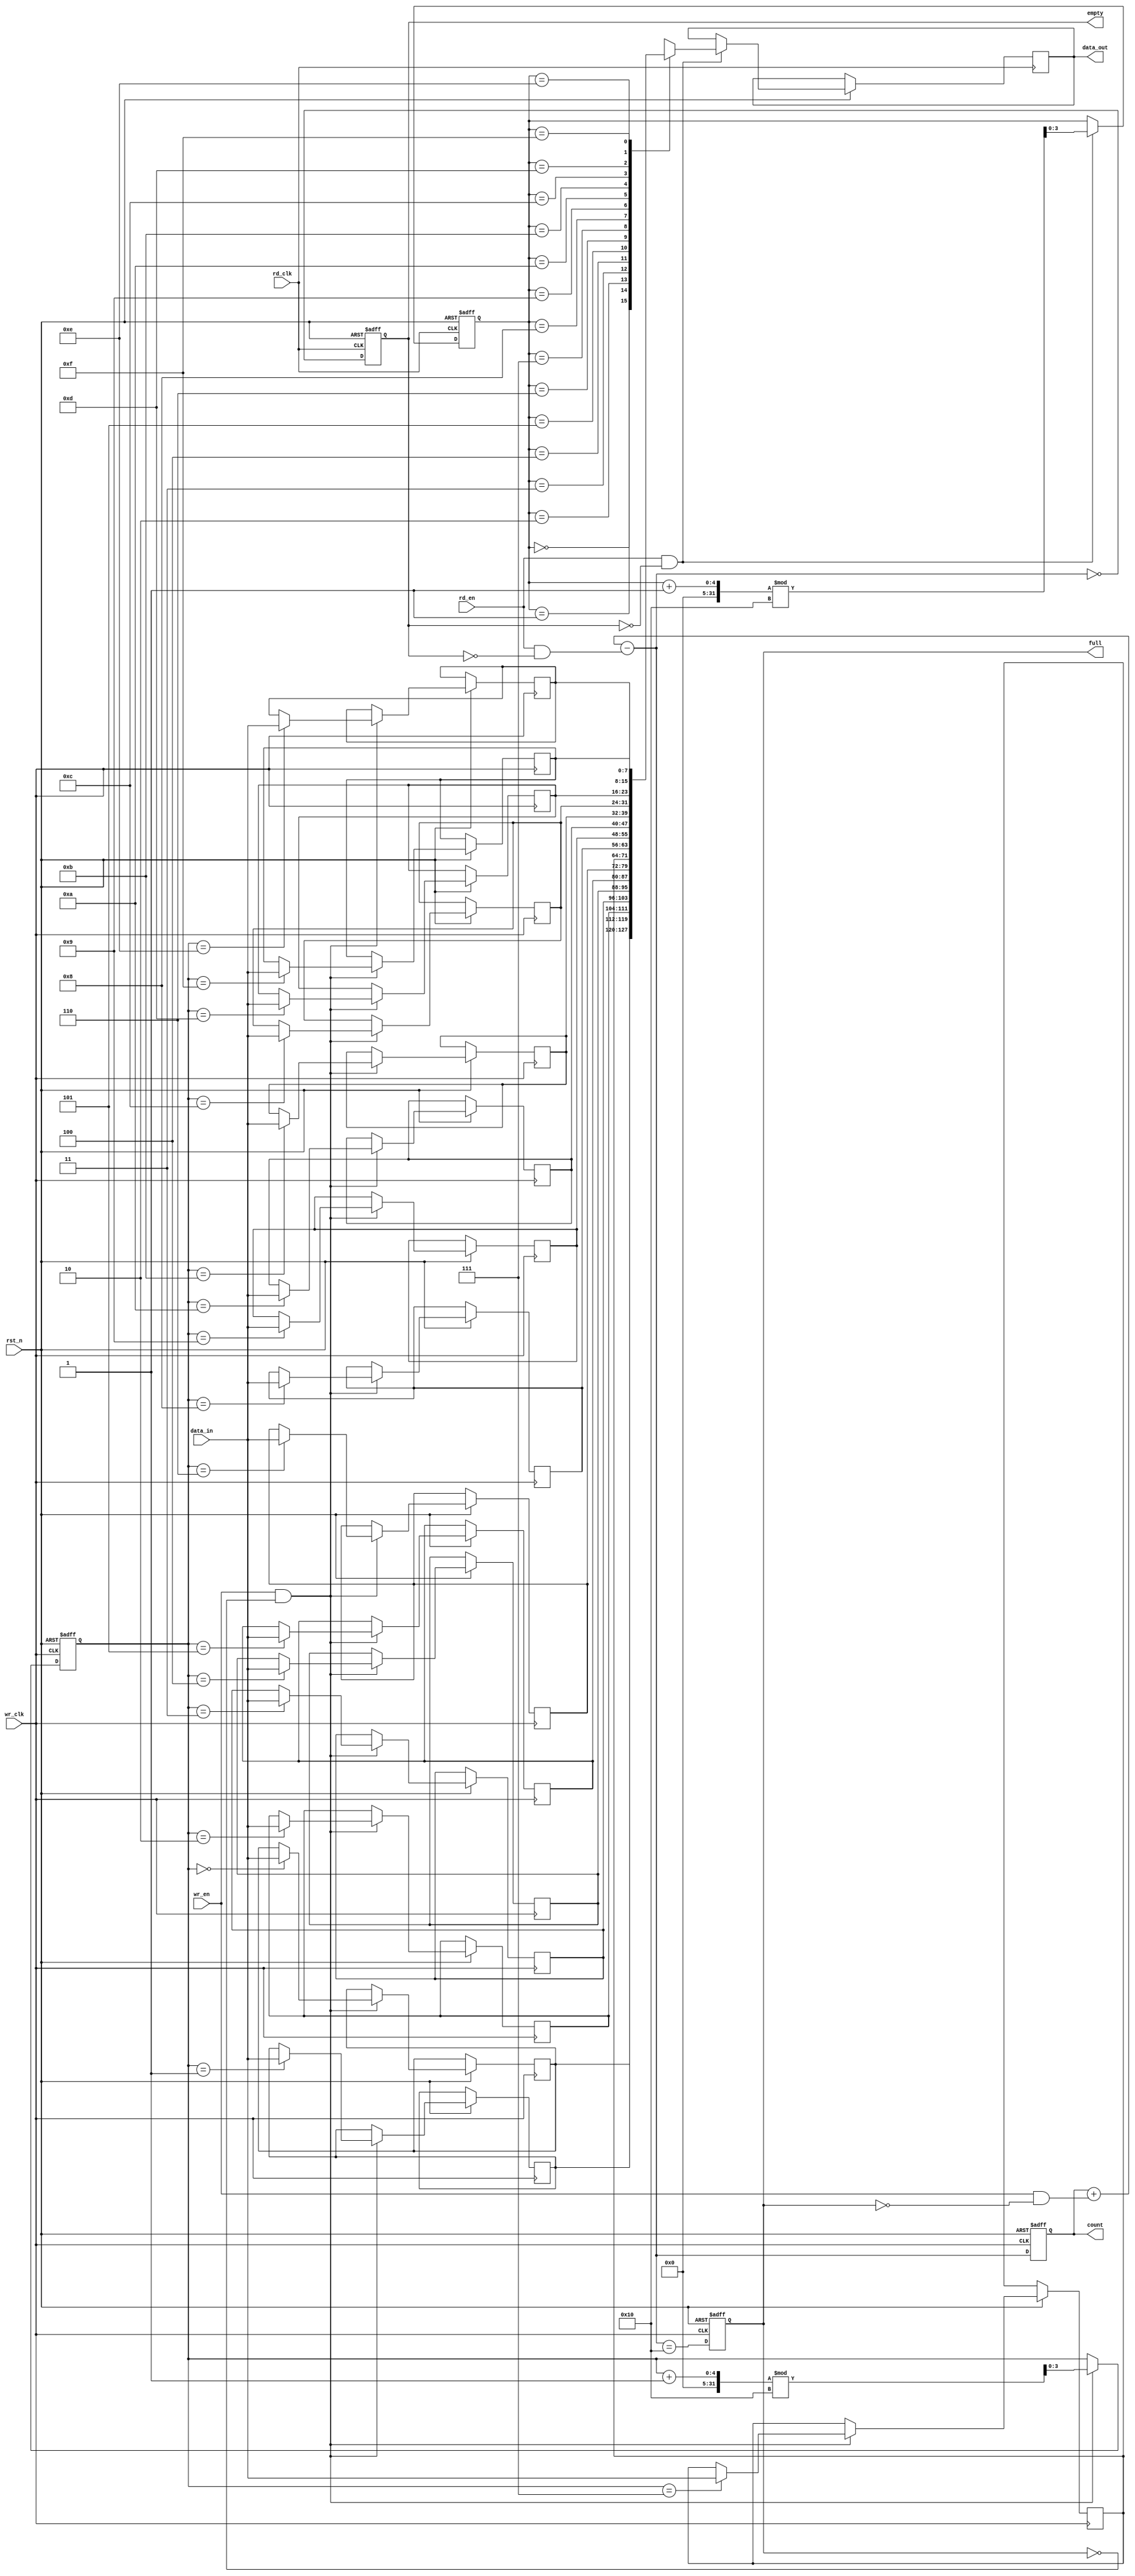
module dual_clock_fifo #(
    parameter DATA_WIDTH = 8,    // Width of the data
    parameter FIFO_DEPTH = 16     // Depth of the FIFO
) (
    input wire wr_clk,            // Write clock
    input wire rd_clk,            // Read clock
    input wire rst_n,             // Asynchronous reset (active low)
    input wire wr_en,             // Write enable
    input wire rd_en,             // Read enable
    input wire [DATA_WIDTH-1:0] data_in, // Data input
    output reg [DATA_WIDTH-1:0] data_out, // Data output
    output reg full,              // FIFO full flag
    output reg empty,             // FIFO empty flag
    output reg [4:0] count        // Current count of entries
);

    // Memory array for the FIFO
    reg [DATA_WIDTH-1:0] fifo_mem [0:FIFO_DEPTH-1];
    
    // Write and read pointers
    reg [3:0] wr_ptr;
    reg [3:0] rd_ptr;
    
    // Internal signals
    wire [4:0] next_count;
    
    // FIFO full and empty conditions
    assign next_count = count + (wr_en & ~full) - (rd_en & ~empty);
    
    always @(posedge wr_clk or negedge rst_n) begin
        if (!rst_n) begin
            wr_ptr <= 0;
            count <= 0;
            full <= 0;
        end else begin
            if (wr_en && !full) begin
                fifo_mem[wr_ptr] <= data_in; // Write data
                wr_ptr <= (wr_ptr + 1) % FIFO_DEPTH; // Increment write pointer
            end
            // Update full flag
            full <= (next_count == FIFO_DEPTH);
            count <= next_count; // Update count
        end
    end
    
    always @(posedge rd_clk or negedge rst_n) begin
        if (!rst_n) begin
            rd_ptr <= 0;
            empty <= 1;
        end else begin
            if (rd_en && !empty) begin
                data_out <= fifo_mem[rd_ptr]; // Read data
                rd_ptr <= (rd_ptr + 1) % FIFO_DEPTH; // Increment read pointer
            end
            // Update empty flag
            empty <= (next_count == 0);
        end
    end
    
    // Initialize status flags
    initial begin
        full = 0;
        empty = 1;
        count = 0;
    end

endmodule